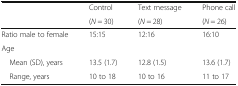
<table><thead><tr><td rowspan="2"></td><td><b>Control</b></td><td><b>Text message</b></td><td><b>Phone call</b></td></tr><tr><td><b>(<i>N</i> = 30)</b></td><td><b>(<i>N</i> = 28)</b></td><td><b>(<i>N</i> = 26)</b></td></tr></thead><tbody><tr><td>Ratio male to female</td><td>15:15</td><td>12:16</td><td>16:10</td></tr><tr><td colspan="4">Age</td></tr><tr><td> Mean (SD), years</td><td>13.5 (1.7)</td><td>12.8 (1.5)</td><td>13.6 (1.7)</td></tr><tr><td> Range, years</td><td>10 to 18</td><td>10 to 16</td><td>11 to 17</td></tr></tbody></table>